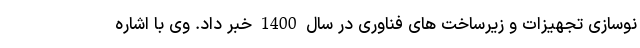
نوسازی تجهیزات و زیرساخت های فناوری در سال 1400 خبر داد. وی با اشاره